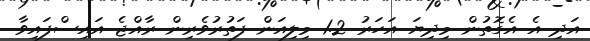
އަދި އެ އެގޮތުން މިދިޔަ އަހަރު 1.2 މިލިއަން ފަތުރުވެރިން ރާއްޖެ އައިސްފައިވާ